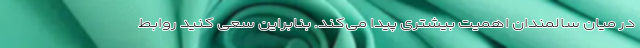
در میان سالمندان اهمیت بیشتری پیدا می‌کند. بنابراین سعی کنید روابط